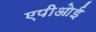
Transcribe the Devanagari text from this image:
एपीओई